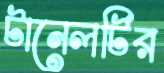
টানেলটির